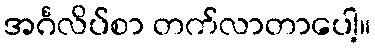
အင်္ဂလိပ်စာ တက်လာတာပေါ့။